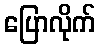
ပြောလိုက်